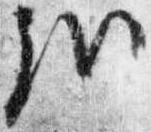
哉